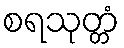
စရသုတ္တံ